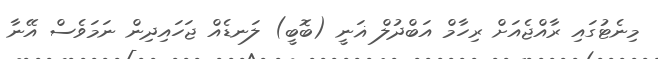
މިނެޓުގައި ރާއްޖެއަށް ރިހާމް އަބްދުލް ޣަނީ (ބޮބީ) ލަނޑެއް ޖަހައިދިން ނަމަވެސް އޭނާ